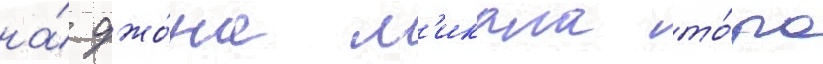
на́ джо́на м'икала то́ра